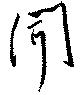
聞